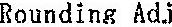
ROUNDING ADJ